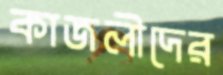
কাজলীদের